Report on vaccination in Madras 1922-1929 - 1922-1929
Year: 1922
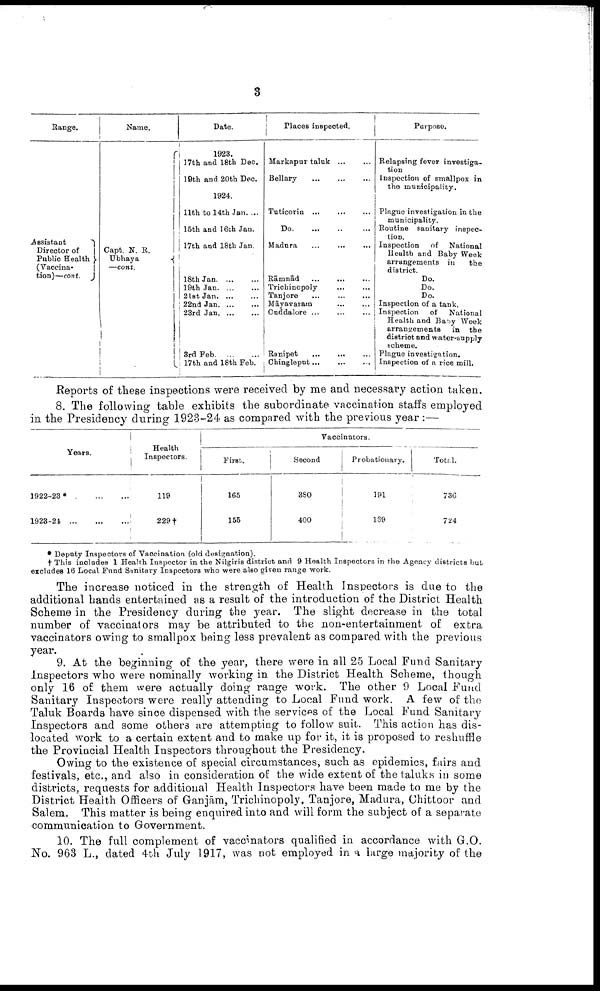
3
Range.
Assistant
Director of
Public Health
(Vaccina-
tion)—cont.
Name.
Capt. N. R.
Ubhaya
—cont.
Date.
1923.
17th and 18th Dec.
19th and 20th Dec.
1924.
11th to 14th Jan. ...
15th and 16th Jan.
17th and 18th Jan.
18th Jan. ... ...
19th Jan. ... ...
21st Jan. ... ... ...
22nd Jan. ... ...
23rd Jan. ... ...
8rd Feb. ... ...
17 th and 18th Feb.
Places inspected.
Markapur taluk
...
...
Bellary
...
...
...
Tuticorin
...
...
...
Do. ... ... ...
Madura...
...
...
Rāmnād ... ... ...
Trichinopoly
... ... ...
Tanjore ... ... ...
Māyavaram ... ... ...
Guddalore
...
...
...
Ranipet
...
...
...
Ghinglepnt
...
...
...
Purpose.
Relapsing fever investiga
tion
Inspection of smallpox in
the municipality.
Plague investigation in the
municipality.
Routine sanitary inspec
Inspection of National
Health and Baby Week
arrangements in
the
district.
Do.
Do.
Do.
Inspection of a tank.
Inspection of
National
Health and Baby Week
arrangements
in the
district and water-supply
scheme.
Plague investigation.
Inspection of a rice mill.
Reports of these inspections were received by me and necessary action taken.
8. The following table exhibits the subordinate vaccination staffs employed
in the Presidency during 1923-24 as compared with the previous year :—
Years.
1922-23*
...
...
1923-24
...
...
...
Health
Inspectors.
119
229
Vaccinators.
First.
165
155
Second
380
400
Probationary.
191
169
Total.
736
724
* Deputy Inspectors of Vaccination (old designation).
† This includes 1 Health Inspector in the Nilgiris district and 9 Health Inspectors in the Agency districts but
excludes 16 Local Fund Sanitary Inspectors who were also given range work.
The increase noticed in the strength of Health Inspectors is due to the
additional hands entertained as a result of the introduction of the District Health
Scheme in the Presidency during the year. The slight decrease in the total
number of vaccinators may be attributed to the non-entertainment of extra
vaccinators owing to smallpox being less prevalent as compared with the previous
year.
9. At the beginning of the year, there were in all 25 Local Fund Sanitary
Inspectors who were nominally working in the District Health Scheme, though
only 16 of them were actually doing range work. The other 9 Local Fund
Sanitary Inspectors were really attending to Local Fund work. A few of the
Taluk Boards have since dispensed with the services of the Local Fund Sanitary
Inspectors and some others are attempting to follow suit. This action has dis
located work to a certain extent and to make up for it, it is proposed to reshuffle
the Provincial Health Inspectors throughout the Presidency.
Owing to the existence of special circumstances, such as epidemics, fairs and
festivals, etc., and also in consideration of the wide extent of the taluks in some
districts, requests for additional Health Inspectors have been made to me by the
District Health Officers of Ganjām, Trichinopoly, Tanjore, Madura, (Chittoor and
Salem. This matter is being enquired into and will form the subject of a separate
communication to Government.
10. The full complement of vaccinators qualified in accordance with G.O.
No. 963 L., dated 4th July 1917, was not employed in a large majority of the